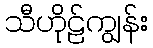
သီဟိုဠ်ကျွန်း